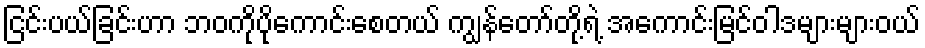
ငြင်းပယ်ခြင်းဟာ ဘဝကိုပိုကောင်းစေတယ် ကျွန်တော်တို့ရဲ့ အကောင်းမြင်ဝါဒများများဝယ်